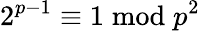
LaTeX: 2^{p-1}\equiv 1{\bmod{p^{2}}}